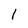
Character: 1